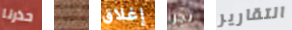
حذرنا كنت إغلاق تجرأ التقارير